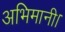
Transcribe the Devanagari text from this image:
अभिमानी।